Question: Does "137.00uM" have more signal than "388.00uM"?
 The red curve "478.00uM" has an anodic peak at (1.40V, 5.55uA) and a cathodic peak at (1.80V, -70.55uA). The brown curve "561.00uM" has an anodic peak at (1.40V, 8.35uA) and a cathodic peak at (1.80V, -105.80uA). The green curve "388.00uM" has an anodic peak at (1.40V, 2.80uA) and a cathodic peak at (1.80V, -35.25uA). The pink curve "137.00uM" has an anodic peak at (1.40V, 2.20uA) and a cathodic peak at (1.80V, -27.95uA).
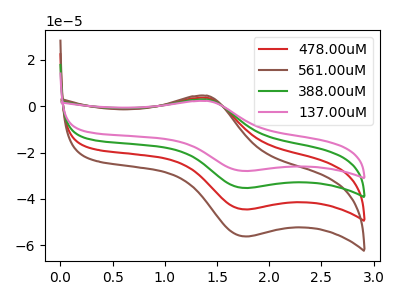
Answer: <think>All the peaks in "137.00uM" have a peak in "388.00uM" at the same potential. Every peak in "137.00uM" is lower than every peak in "388.00uM".
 </think>
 <answer>"137.00uM" has less signal than "388.00uM".</answer>
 <eval>less_signal</eval>